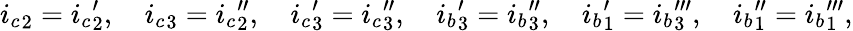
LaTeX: {i_{c}}_{2}={i_{c}}_{2}^{\prime},\quad{i_{c}}_{3}={i_{c}}_{2}^{\prime\prime},\quad{i_{c}}_{3}^{\prime}={i_{c}}_{3}^{\prime\prime},\quad{i_{b}}_{3}^{\prime}={i_{b}}_{3}^{\prime\prime},\quad{i_{b}}_{1}^{\prime}={i_{b}}_{3}^{\prime\prime\prime},\quad{i_{b}}_{1}^{\prime\prime}={i_{b}}_{1}^{\prime\prime\prime},